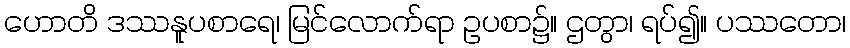
ဟောတိ ဒဿနူပစာရေ၊ မြင်လောက်ရာ ဥပစာ၌။ ဌတွာ၊ ရပ်၍။ ပဿတော၊